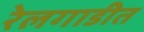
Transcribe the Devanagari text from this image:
रेलगाडीत